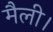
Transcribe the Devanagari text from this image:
मैली।